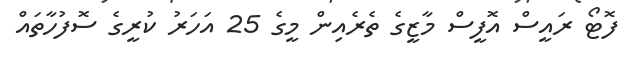
ފޮޓޯ ރައީސް އޮފީސް މާޒީގެ ތެރެއިން މީގެ 25 އަހަރު ކުރީގެ ސޮފުހާތައް